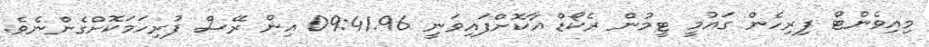
މިއިވެންޓް ފިރިހެން ގައުމީ ޓީމުން ރެކޯޑް އާކޮށްފައިވަނީ 09:41.96 އިން ރޭސް ފުރިހަމަކޮށްގެންނެވެ.